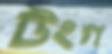
টংগ